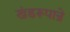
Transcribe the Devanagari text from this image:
खंडरूपान्रे